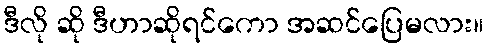
ဒီလို ဆို ဒီဟာဆိုရင်ကော အဆင်ပြေမလား။